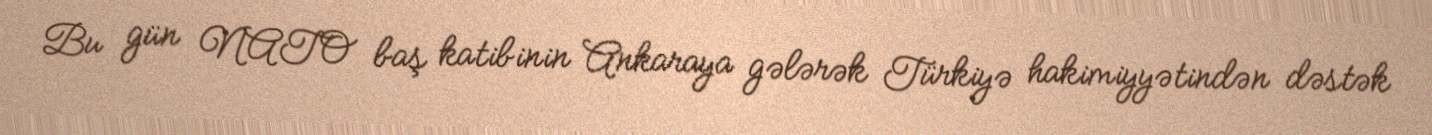
Bu gün NATO baş katibinin Ankaraya gələrək Türkiyə hakimiyyətindən dəstək